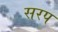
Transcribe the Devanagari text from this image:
सरप